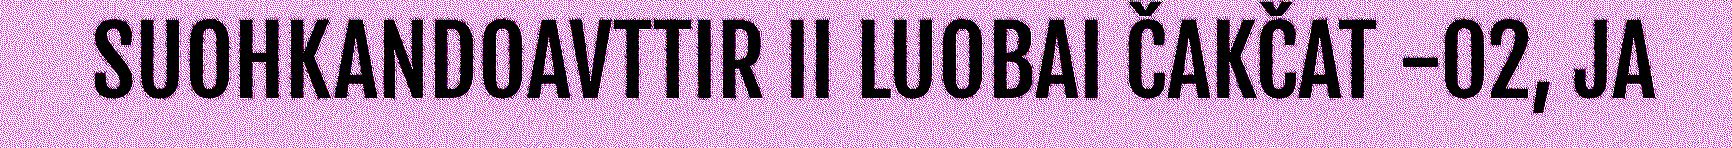
SUOHKANDOAVTTIR II LUOBAI ČAKČAT -02, JA